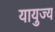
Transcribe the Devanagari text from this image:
यायुज्य